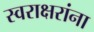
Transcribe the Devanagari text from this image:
स्वराक्षरांना